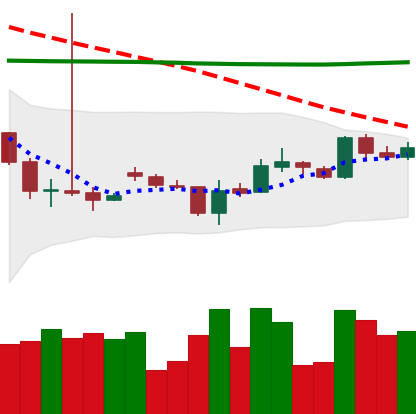
Ticker: BTC-USD
Chart end date: 2015-10-01
Forward return: 3.584%
Label: up_3_5